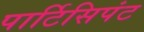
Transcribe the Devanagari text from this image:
पार्टिसिपंट